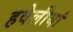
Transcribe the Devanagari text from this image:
हवेलीयां